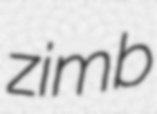
zimb